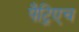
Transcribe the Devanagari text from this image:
पैट्रिएच